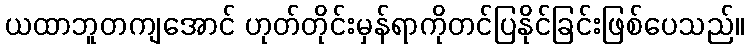
ယထာဘူတကျအောင် ဟုတ်တိုင်းမှန်ရာကိုတင်ပြနိုင်ခြင်းဖြစ်ပေသည်။